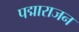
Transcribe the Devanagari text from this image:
पद्माराजन